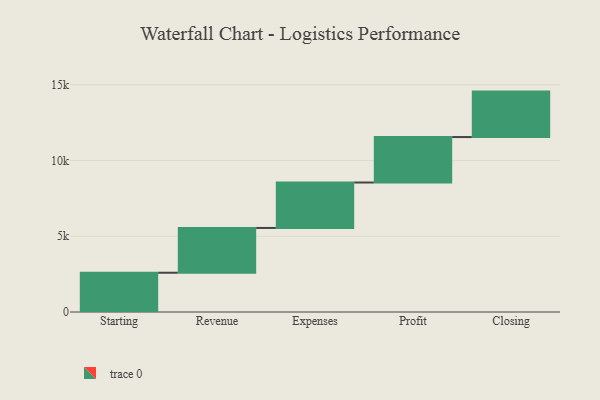
{"axis": {"x": "Step", "y": "Value"}, "legend": [""], "data": [{"x": "Starting", "y": 2591.0, "type": ""}, {"x": "Revenue", "y": 2956.0, "type": ""}, {"x": "Expenses", "y": 3000, "type": ""}, {"x": "Profit", "y": 3000, "type": ""}, {"x": "Closing", "y": 3000, "type": ""}]}